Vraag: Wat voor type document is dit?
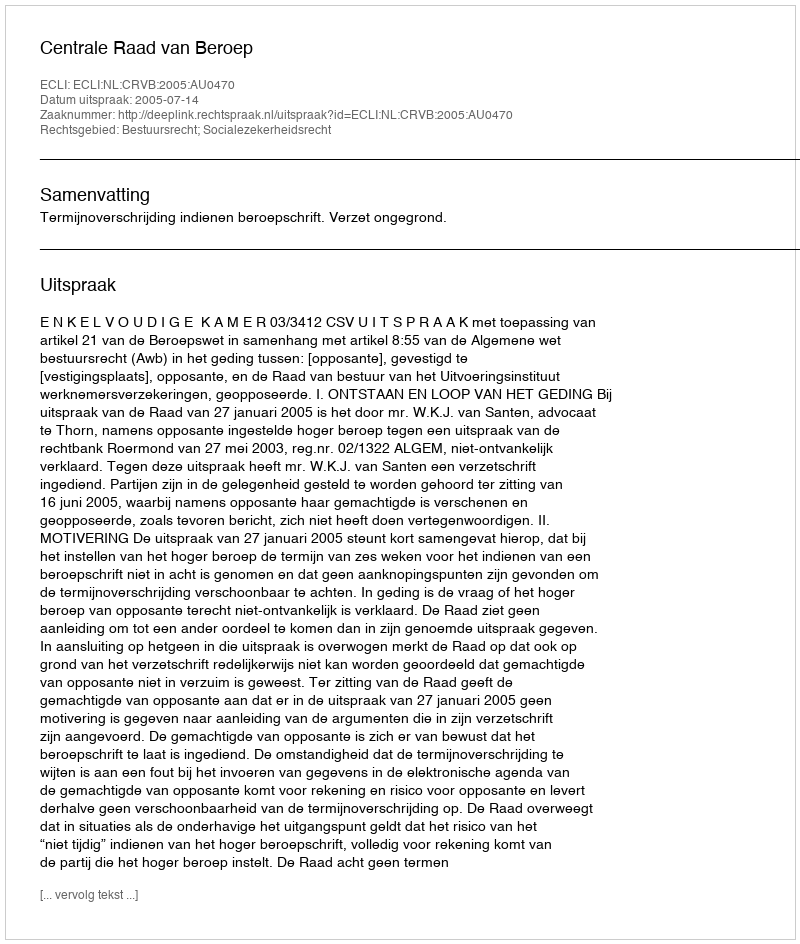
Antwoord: Uitspraak